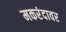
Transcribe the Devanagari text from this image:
मकरंदावर